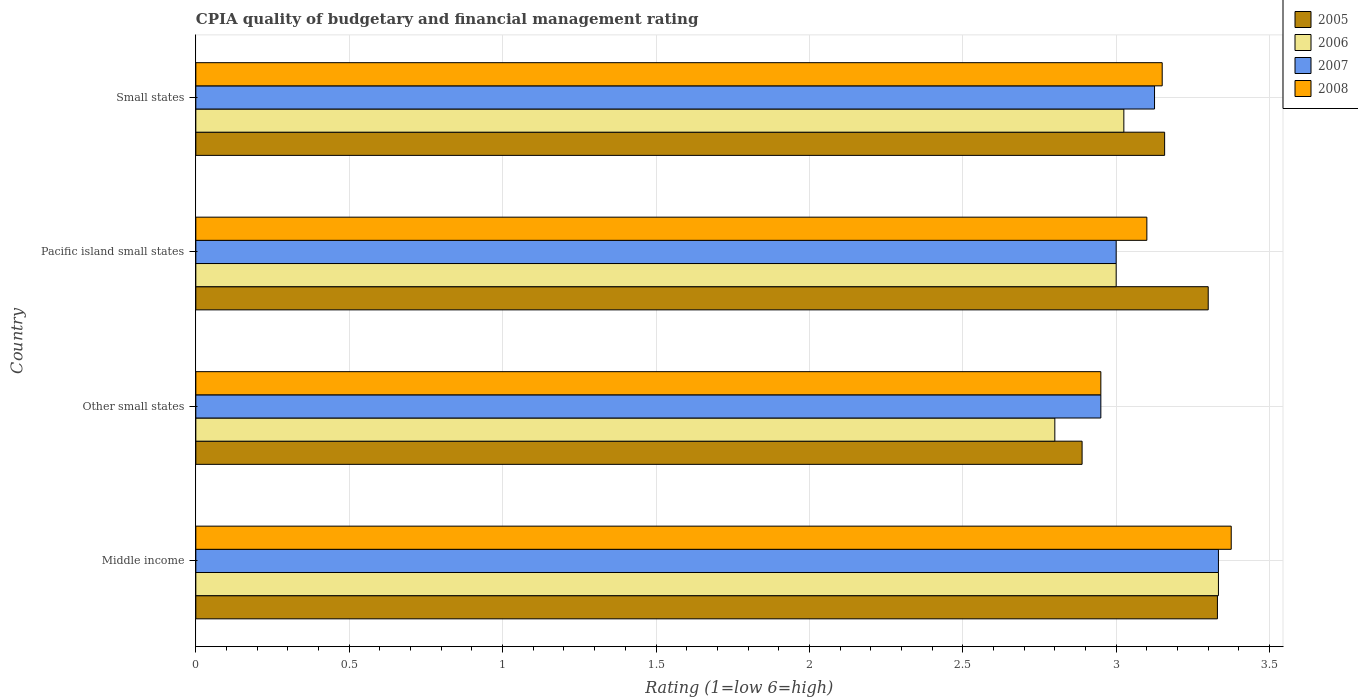
| Country | 2005 | 2006 | 2007 | 2008 |
 | --- | --- | --- | --- | --- |
 | Middle income | 3.33 | 3.33 | 3.33 | 3.38 |
 | Other small states | 2.89 | 2.8 | 2.95 | 2.95 |
 | Pacific island small states | 3.3 | 3 | 3 | 3.1 |
 | Small states | 3.16 | 3.02 | 3.12 | 3.15 |